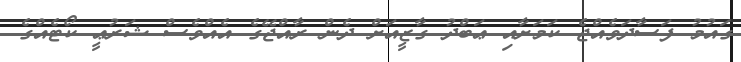
ގައުމު ފަސާދަވެއްޖެ ކަމަށާއި ޢަބްދު ގާޒީއަށް ދެން ރާއްޖޭގެ އެއްވެސް ޝަރުޢީ ކޯޓެއްގެ